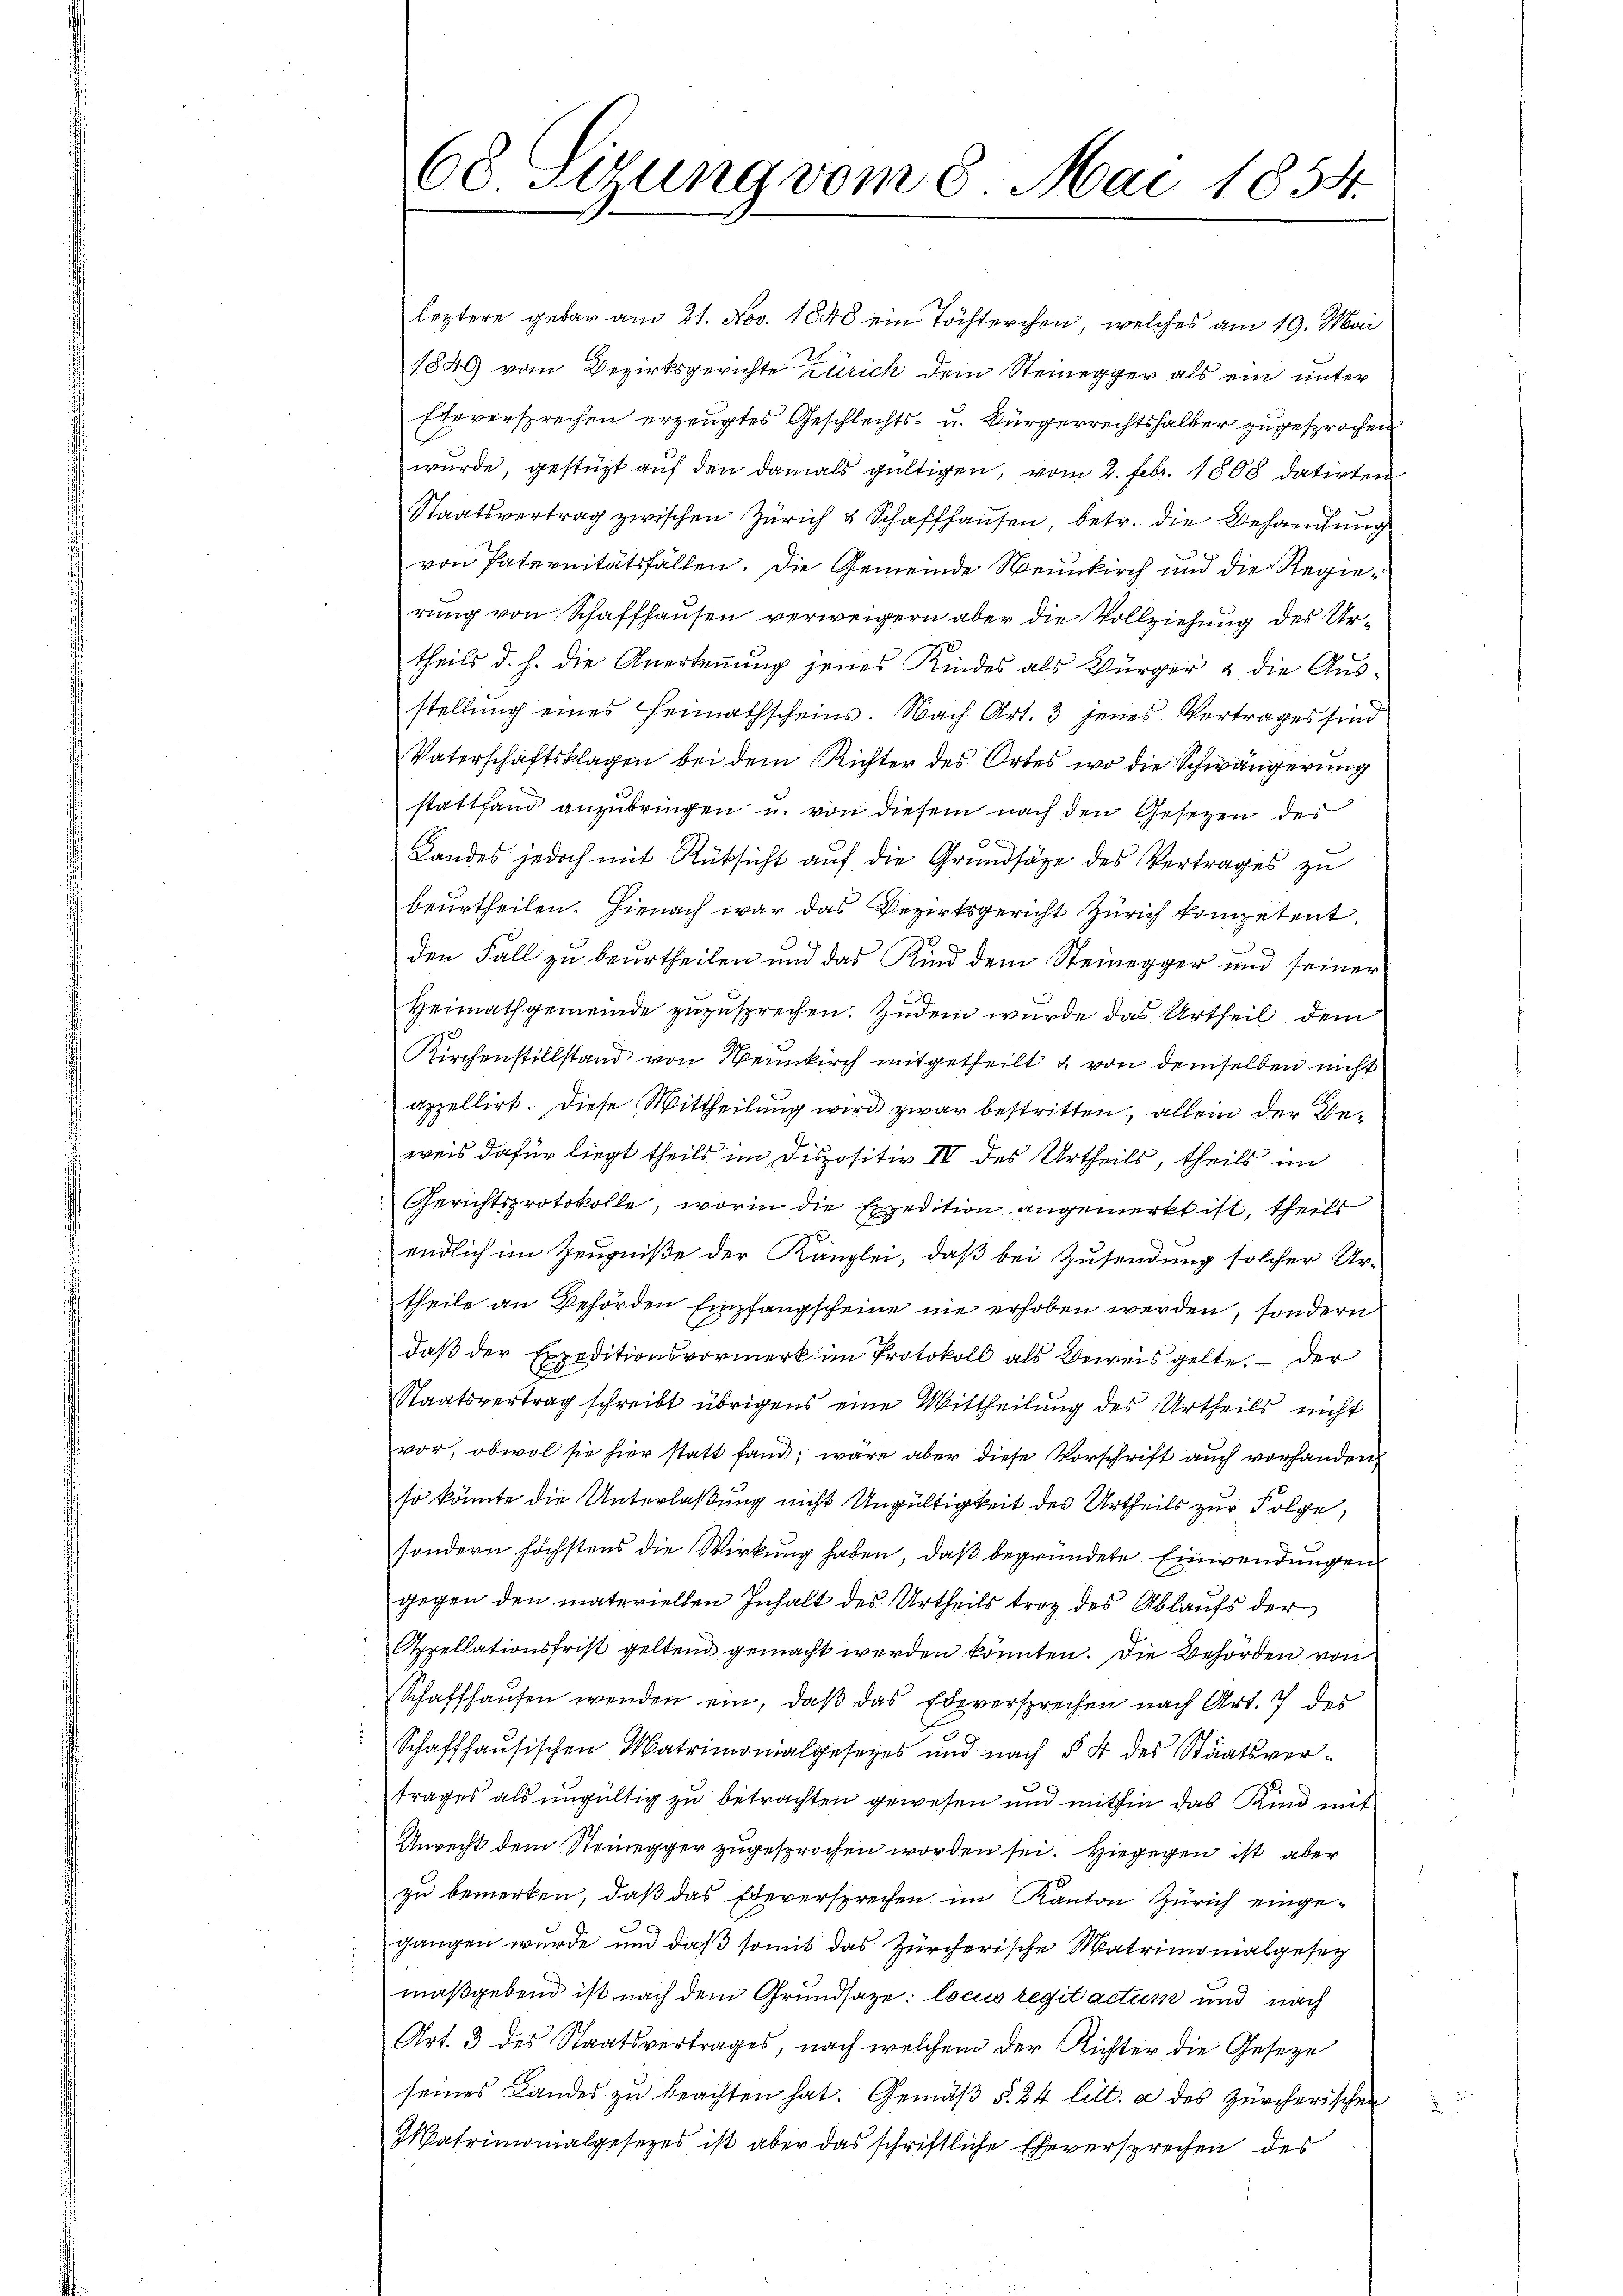
68 Sirung vom 8. Mai 1854.

leztere gebar am 21. Nov. 1848 ein Töchterchen, welches am 19. Mai
1846 vom Bezirksgerichte Zürich dem Steinegger als ein unter
Edeversprechen erzeugtes Geschlechts- u. Bürgerrechtshalber zugesprochen
wurde, gestüzt auf den damals gültigen, vom 2. Febr. 1808 datirten
Staatsvertrag zwischen Zürich & Schaffhausen, betr. die Behandlung
von Paternitätsfällen. Die Gemeinde Neunkirch und die Regierung von Schaffhausen verweigern aber die Vollziehung des Urtheils d. h. die Anerkennung jenes Kindes als Bürger & die Ausstellung eines Heimathscheins. Nach Art. 3 jenes Vertrages sind
Vaterschaftsklagen bei dem Richter des Ortes wo die Schwängerung
stattfand anzubringen u. von diesem nach den Gesetzen des
s
Landes jedoch mit Rüksicht auf die Grundsätze des Vertrages zu
beurtheilen. Hienach war das Bezirksgericht Zürich kompetent
den Fall zu beurtheilen und das Kind dem Steinegger und seiner
Heimathgemeinde zuzusprechen. Zudem wurde das Urtheil dem
Kirchenstillstand von Neunkirch mitgetheilt & von demselben nicht
appellirt. Diese Mittheilung wird zwar bestritten, allein der Beweis dafür liegt theils im Dispositiv IV des Urtheils, theils im
Gerichtsprotokolle, worin die Expedition angemerkt ist, theils
 endlich im Zeugniße der Kanzlei, daß bei Zusendung solcher Ur-
theile an Behörden Empfangscheine nie erhoben werden, sondern
daß der Expeditionsvormerk im Protokoll als Beweis gelte der
Staatsvertrag schreibt übrigens eine Mittheilung des Urtheils nicht
vor, obwol sie hier statt fand, wäre aber diese Vorschrift auch vorhanden.
so könnte die Unterlaßung nicht Ungültigkeit des Urtheils zur Folge,
sondern höchstens die Wirkung haben, daß begründete Einwendungen
gegen den materiellen Inhalt des Urtheils troz des Ablaufs der
Appellationsfrist geltend gemacht werden könnten. Die Behörden von
Schaffhausen wenden ein, daß das Edeversprechen nach Art. 7 des
E
Schaffhausischen Matrimonialgesetzes und nach § 4 des Staatsvere

trages als ungültig zu betrachten gewesen und mithin das Kind mit
Unrecht dem Steinegger zugesprochen worden sei. Hiegegen ist aber
zu bemerken, daß das Ebeversprechen im Kanton Zürich eingegangen wurde und daß somit das Zürcherische Matrimonialgesez
maßgebend ist nach dem Grundsatze: locus legit actum und nach
Art. 3 des Staatsvertrages, nach welchem der Richter die Geseze
seines Landes zŭ beachten hat. Gemäβ §. 24 litt. a des Zürcherischen
Matrimonialgesezes ist aber das schriftliche Eheversprechen des